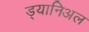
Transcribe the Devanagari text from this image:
ड्यानिअल